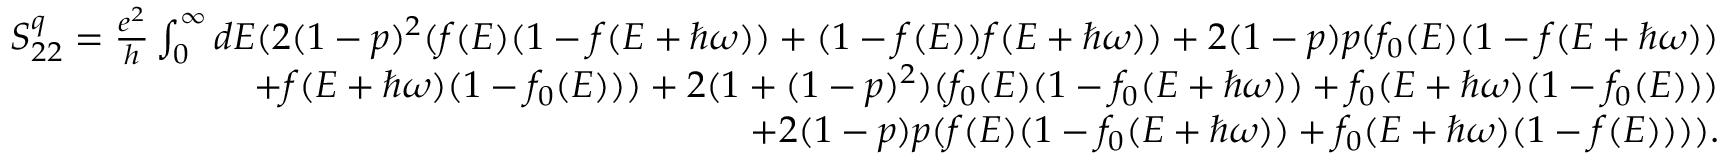
\begin{array} { r } { S _ { 2 2 } ^ { q } = \frac { e ^ { 2 } } { h } \int _ { 0 } ^ { \infty } d E ( 2 ( 1 - p ) ^ { 2 } ( f ( E ) ( 1 - f ( E + \hbar \omega ) ) + ( 1 - f ( E ) ) f ( E + \hbar \omega ) ) + 2 ( 1 - p ) p ( f _ { 0 } ( E ) ( 1 - f ( E + \hbar \omega ) ) } \\ { + f ( E + \hbar \omega ) ( 1 - f _ { 0 } ( E ) ) ) + 2 ( 1 + ( 1 - p ) ^ { 2 } ) ( f _ { 0 } ( E ) ( 1 - f _ { 0 } ( E + \hbar \omega ) ) + f _ { 0 } ( E + \hbar \omega ) ( 1 - f _ { 0 } ( E ) ) ) } \\ { + 2 ( 1 - p ) p ( f ( E ) ( 1 - f _ { 0 } ( E + \hbar \omega ) ) + f _ { 0 } ( E + \hbar \omega ) ( 1 - f ( E ) ) ) ) . } \end{array}